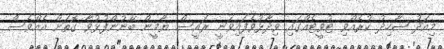
މިއަދު ޝާހިދު ކުރެއްވި ޓުވީޓެއްގައި ވިދާޅުވެފައިވަނީ ރައީސް ޔާމީން ބޭނުންފުޅުވާ ގޮތަށް އެއްވެސް